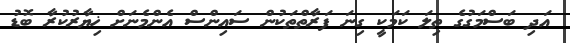
އަދި ބަސްމަގުގެ ތިލަ ކަމަކީ ގިނަ ފަރާތްތަކުން ސައިންސް އެންމެނަށް ޚިޔާރުކުރާ ބޮޑު